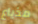
مذياع